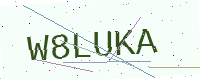
Text: W8LUKA